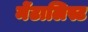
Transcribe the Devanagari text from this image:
मेंटालिस्ट